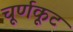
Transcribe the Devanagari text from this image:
चूर्णकूट